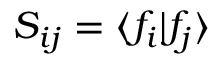
S _ { i j } = \langle f _ { i } | f _ { j } \rangle